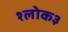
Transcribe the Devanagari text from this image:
श्लोक३